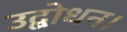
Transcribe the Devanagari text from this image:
उद्बोधन।